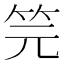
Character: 笎